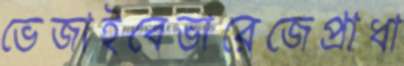
ভেজাইবেভারেজেপ্রাধা